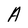
Character: A